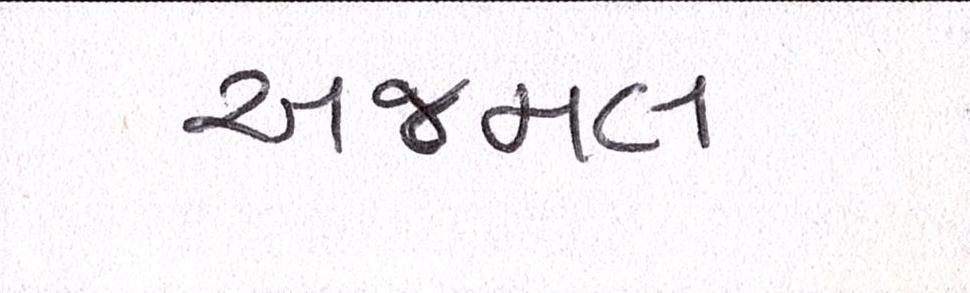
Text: અજમલ